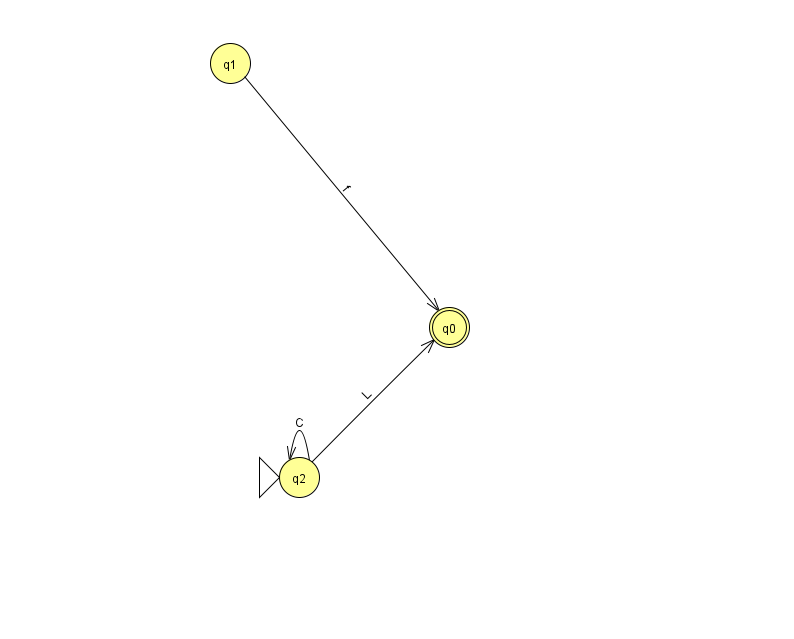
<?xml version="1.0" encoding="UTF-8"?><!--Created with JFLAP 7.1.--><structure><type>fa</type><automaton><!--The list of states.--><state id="0" name="q0"><x>449.0</x><y>314.0</y><final/></state><state id="1" name="q1"><x>230.0</x><y>50.0</y></state><state id="2" name="q2"><x>299.0</x><y>464.0</y><initial/></state><!--The list of transitions.--><transition><from>2</from><to>2</to><read>C</read></transition><transition><from>1</from><to>0</to><read>f</read></transition><transition><from>2</from><to>0</to><read>L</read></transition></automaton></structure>